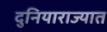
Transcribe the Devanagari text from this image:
दुनियाराज्यात